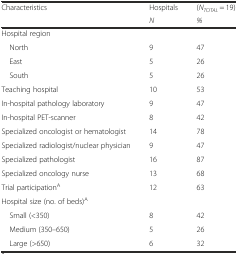
| Characteristics | Hospitals | (NTOTAL = 19) |
 |  | N | % |
 | --- | --- | --- |
 | <COLSPAN=3> Hospital region |
 | North | 9 | 47 |
 | East | 5 | 26 |
 | South | 5 | 26 |
 | Teaching hospital | 10 | 53 |
 | In-hospital pathology laboratory | 9 | 47 |
 | In-hospital PET-scanner | 8 | 42 |
 | Specialized oncologist or hematologist | 14 | 78 |
 | Specialized radiologist/nuclear physician | 9 | 47 |
 | Specialized pathologist | 16 | 87 |
 | Specialized oncology nurse | 13 | 68 |
 | Trial participationA | 12 | 63 |
 | <COLSPAN=3> Hospital size (no. of beds)A |
 | Small (<350) | 8 | 42 |
 | Medium (350–650) | 5 | 26 |
 | Large (>650) | 6 | 32 |